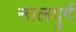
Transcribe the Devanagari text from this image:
नालदुर्ग